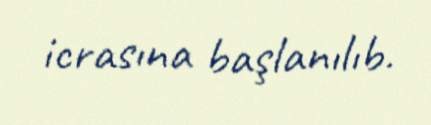
icrasına başlanılıb.